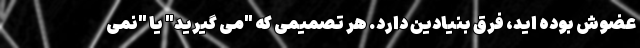
عضوش بوده اید، فرق بنیادین دارد. هر تصمیمی که "می گیرید" یا "نمی